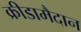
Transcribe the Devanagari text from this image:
क्रीडामैदान